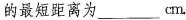
的最短距离为___cm.